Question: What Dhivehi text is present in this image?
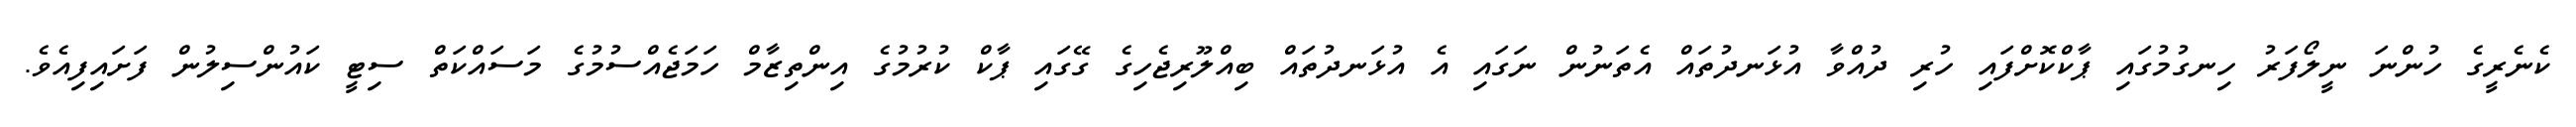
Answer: ކެނެރީގެ ހުންނަ ނީލޯފަރު ހިނގުމުގައި ޕާކްކޮށްފައި ހުރި ދުއްވާ އުޅަނދުތައް އެތަނުން ނަގައި އެ އުޅަނދުތައް ބިއްލޫރިޖެހިގެ ގޭގައި ޕާކް ކުރުމުގެ އިންތިޒާމް ހަމަޖެއްސުމުގެ މަސައްކަތް ސިޓީ ކައުންސިލުން ފަށައިފިއެވެ.